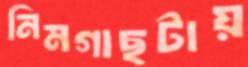
নিমগাছটায়